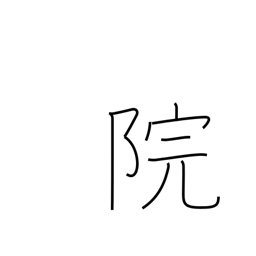
Meaning: temple